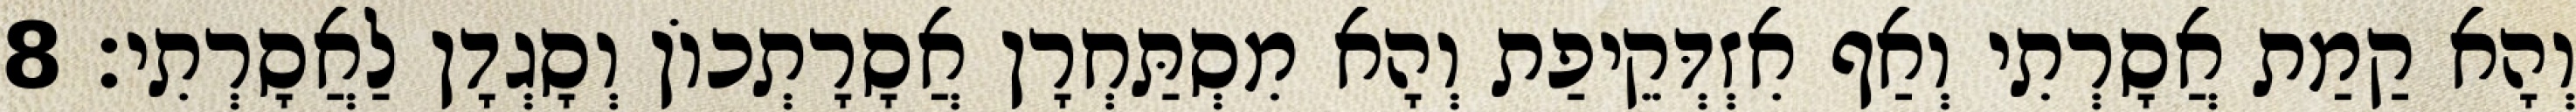
וְהָא קַמַת אֲסָרְתִי וְאַף אִזְדְּקֵיפַת וְהָא מִסְתַּחְרָן אֲסָרָתְכוֹן וְסָגְדָן לַאֲסָרְתִי׃ 8